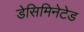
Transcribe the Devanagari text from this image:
डेसिमिनेटेड